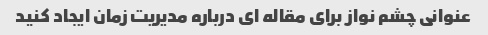
عنوانی چشم نواز برای مقاله ای درباره مدیریت زمان ایجاد کنید